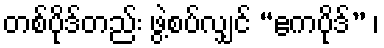
တစ်ပိုဒ်တည်း ဖွဲ့စပ်လျှင် “ဧကပိုဒ်” ၊